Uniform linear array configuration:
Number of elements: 4
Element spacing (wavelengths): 1
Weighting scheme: hann
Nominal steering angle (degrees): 0
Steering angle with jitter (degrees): -1.207
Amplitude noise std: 0.05
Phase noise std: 0.05

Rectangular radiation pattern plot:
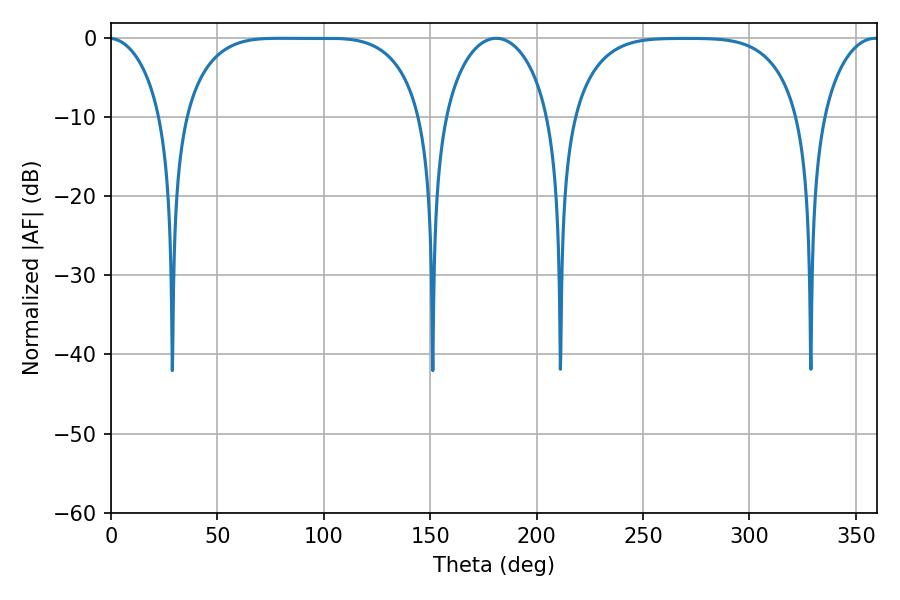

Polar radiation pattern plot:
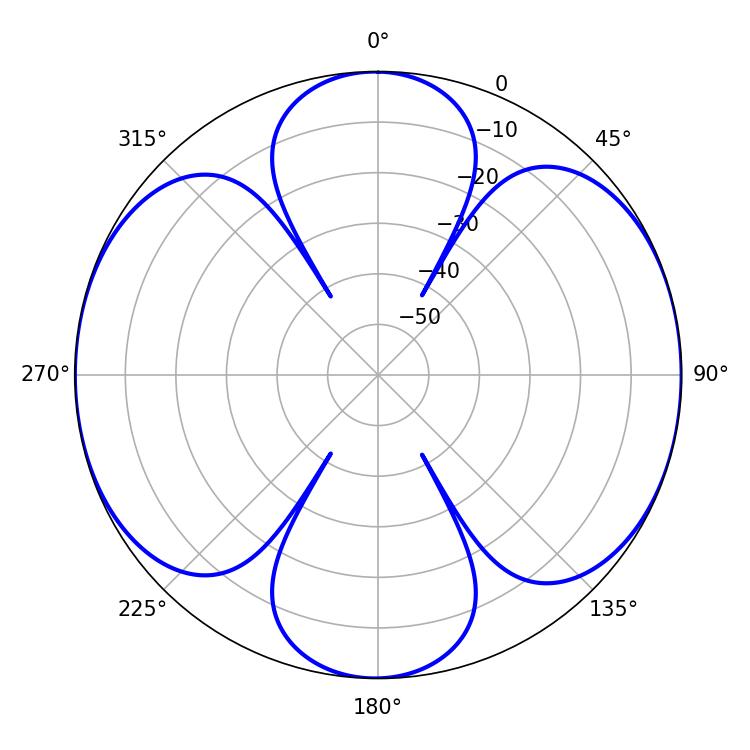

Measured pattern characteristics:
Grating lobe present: TRUE
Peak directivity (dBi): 14.291
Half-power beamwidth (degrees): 85.68
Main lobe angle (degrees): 79.2